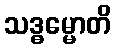
သဒ္ဓမ္မောတိ